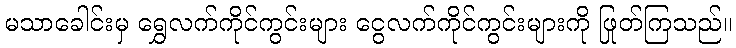
မသာခေါင်းမှ ရွှေလက်ကိုင်ကွင်းများ ငွေလက်ကိုင်ကွင်းများကို ဖြုတ်ကြသည်။